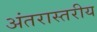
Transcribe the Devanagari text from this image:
अंतरास्तरीय